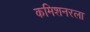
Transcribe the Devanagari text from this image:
कमिशनरला